Indian journal of veterinary science and animal husbandry - Volumes 18-21, 1948-1951
Year: 1948
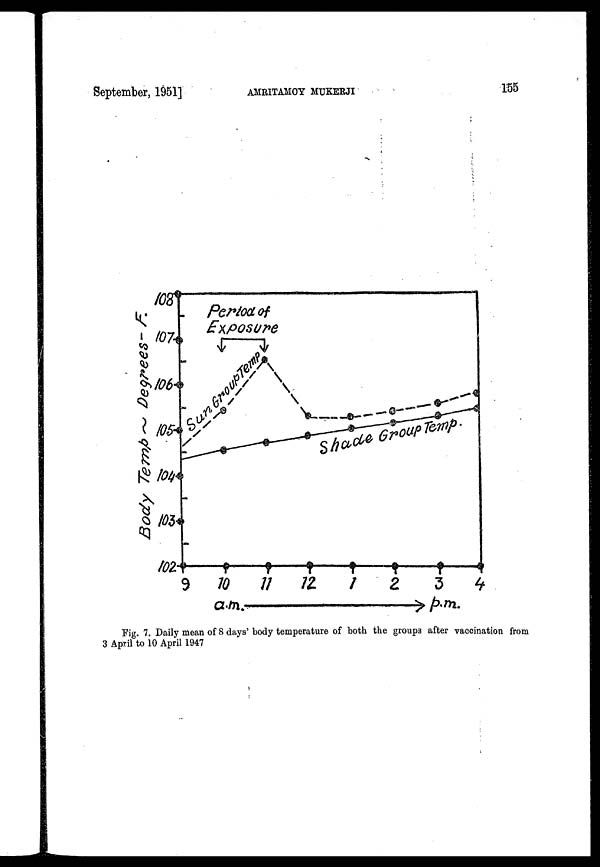
September, 1951]
AMRITAMOY
MUKHERJI
155
Fig. 7. Daily mean of 8 days' body temperature of both the groups after vaccination from
3 April to 10 April 1947